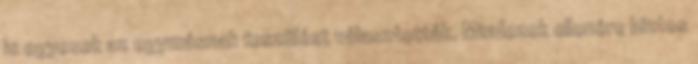
is egyesek az egymásnak feszülést választották. Mindezek ellenére biztos